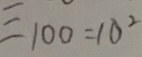
= 1 0 0 = 1 0 ^ { 2 }